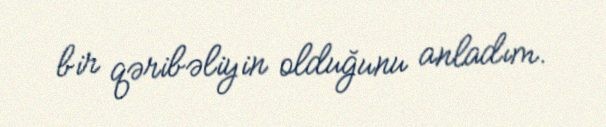
bir qəribəliyin olduğunu anladım.